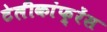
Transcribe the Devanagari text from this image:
टेलीकांफ़्रेंस